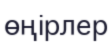
өңірлер